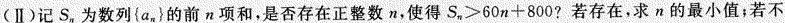
(Ⅱ)记S_{n}，为数列{a_{n}}的前n项和，是否存在正整数n，使得$$S _ { n } > 6 0 _ { n } + 8 0 0$$?若存在，求n的最小值；若不